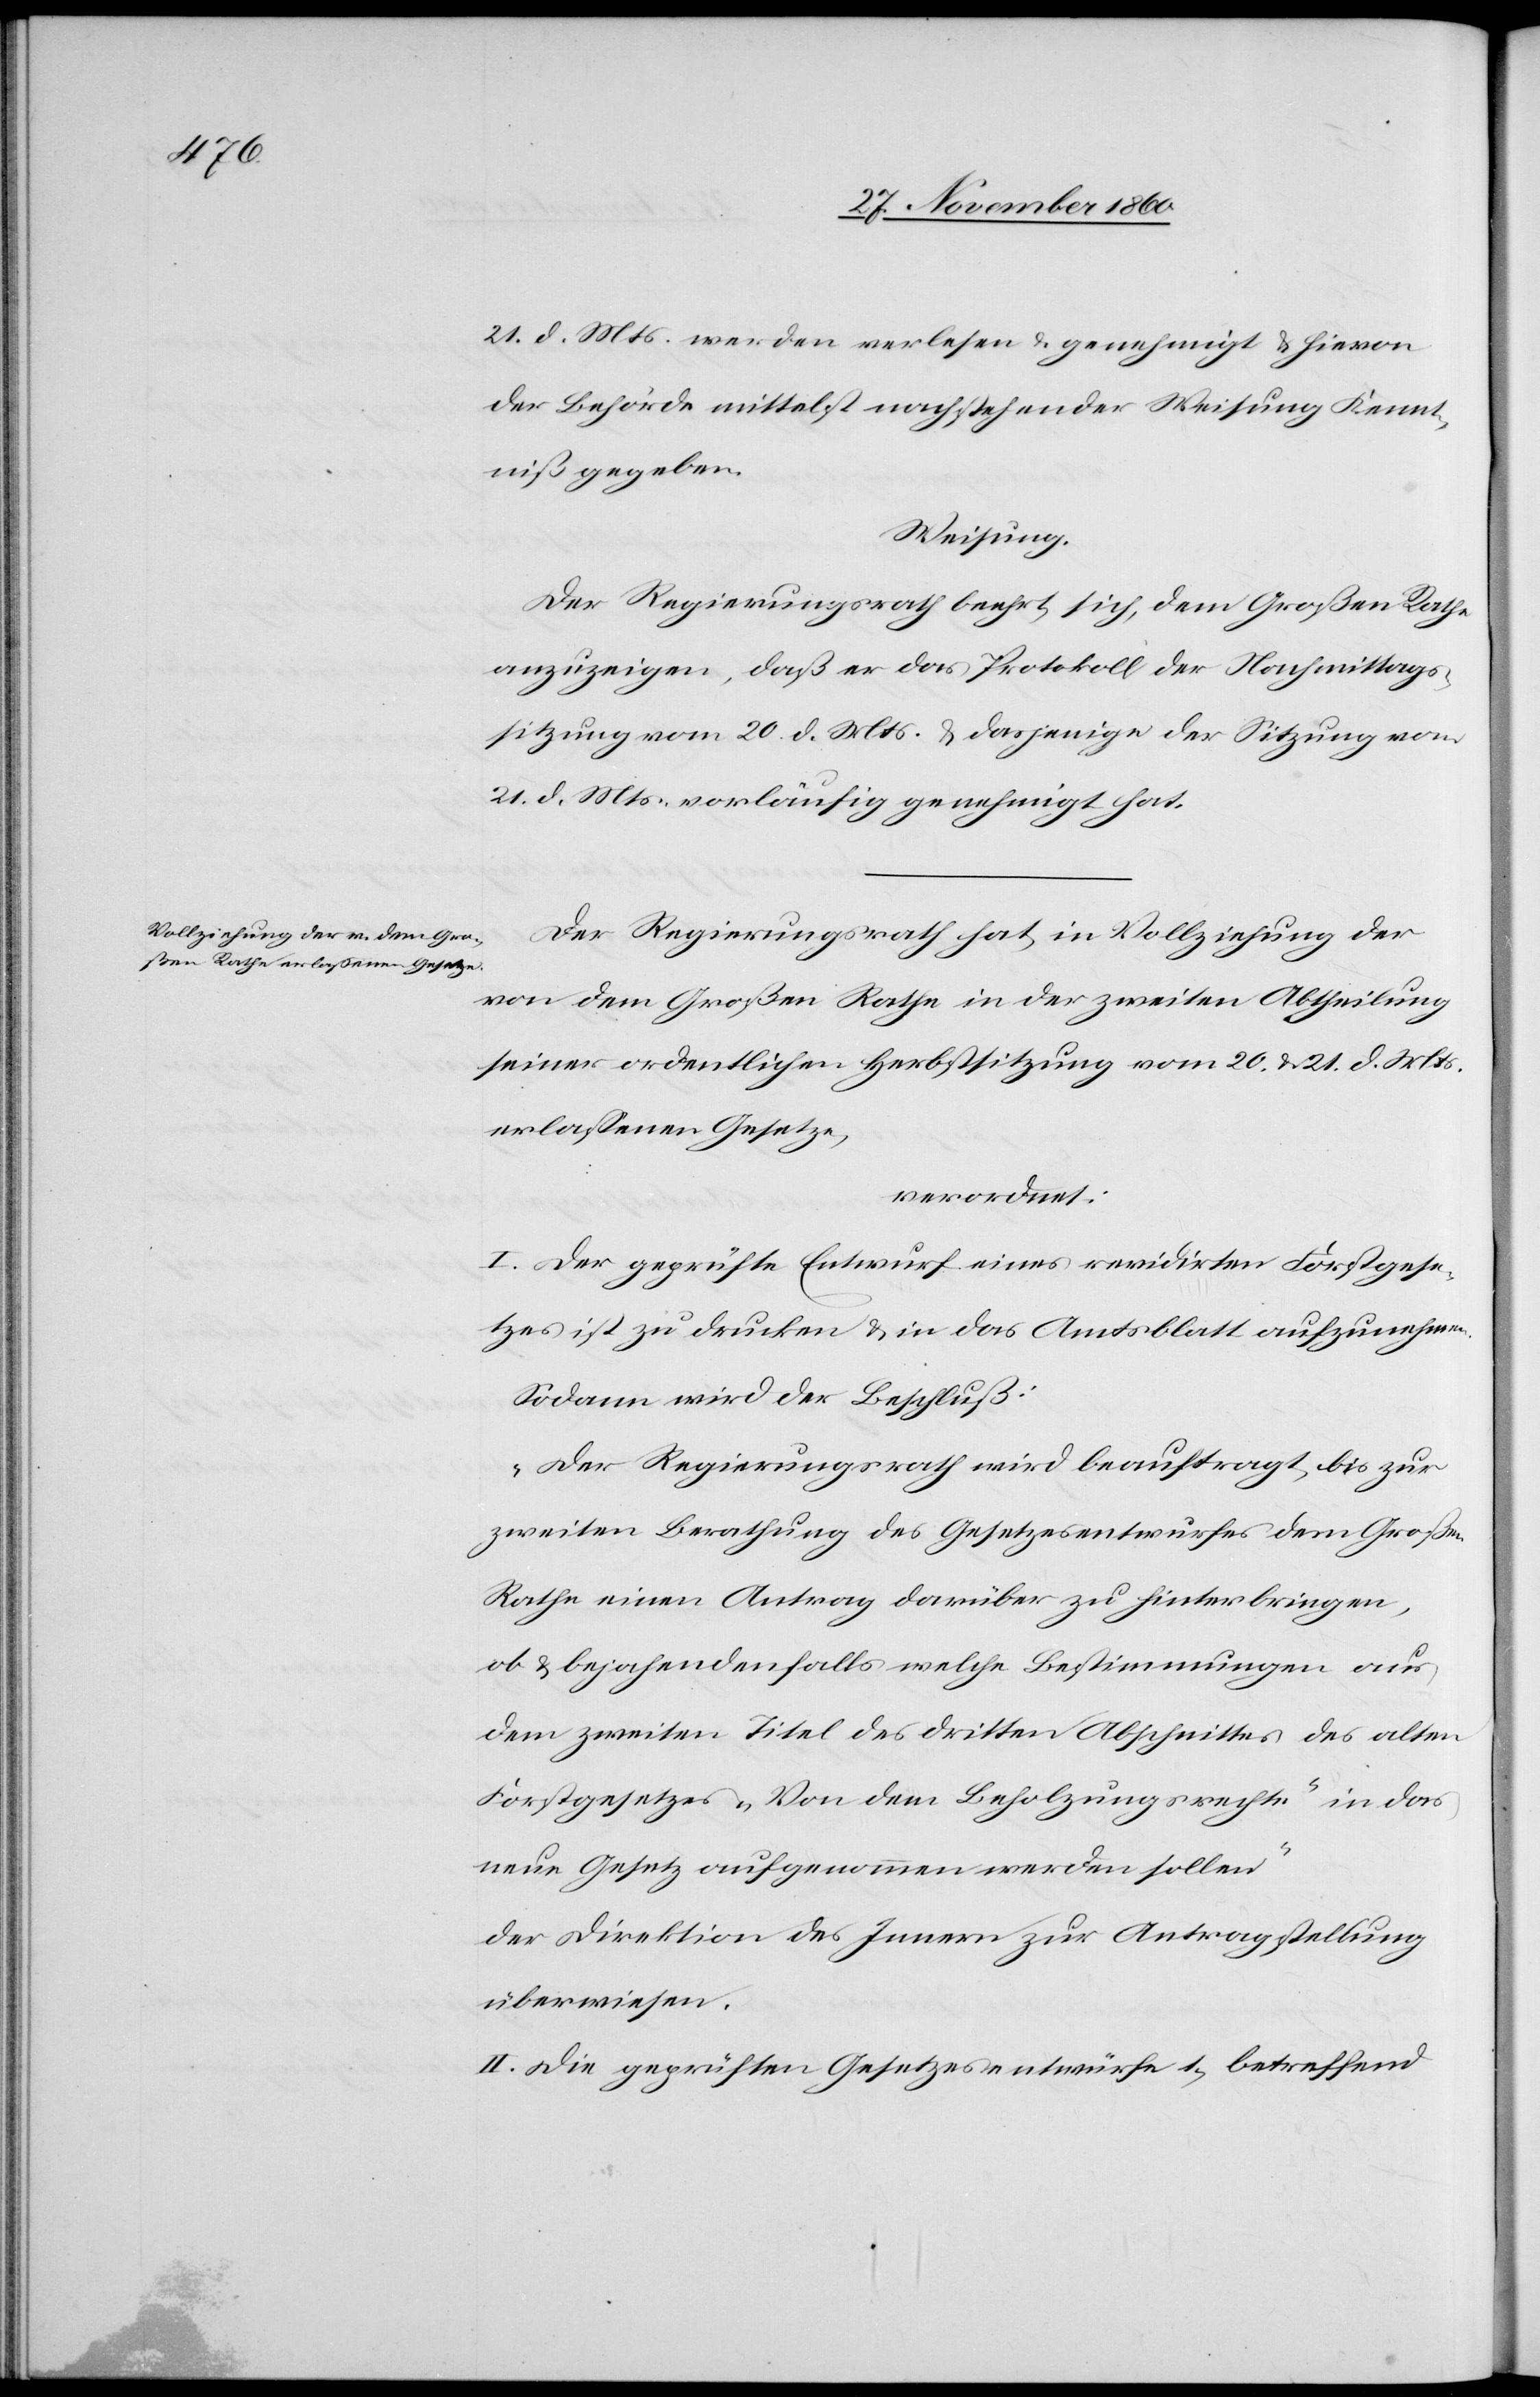
21. d. Mts werden verlesen u. genehmigt u. hievon
der Behörde mittelst nachstehender Weisung Kennt¬
niß gegeben.
Weisung.
Der Regierungsrath beehrt sich, dem Großen Rathe
anzuzeigen, daß er das Protokoll der Nachmittags¬
sitzung vom 20. d. Mts. u. dasjenige der Sitzung vom
21. d. Mts. vorläufig genehmigt hat.
Der Regierungsrath hat, in Vollziehung der
von dem Großen Rathe in der zweiten Abtheilung
seiner ordentlichen Herbstsitzung vom 20. u. 21. d. Mts.
erlassenen Gesetze,
verordnet:
I. Der geprüfte Entwurf eines revidirten Forstgese¬
tzes ist zu drucken u. in das Amtsblatt aufzunehmen.
Sodann wird der Beschluß:
„Der Regierungsrath wird beauftragt, bis zur
zweiten Berathung des Gesetzesentwurfes dem Großen
Rathe einen Antrag darüber zu hinterbringen,
ob u. bejahendenfalls welche Bestimmungen aus
dem zweiten Titel des dritten Abschnittes des alten
Forstgesetzes „Von dem Beholzungsrechte“ in das
neue Gesetz aufgenommen werden sollen“
der Direktion des Innern zur Antragstellung
überwiesen.
II. Die geprüften Gesetzesentwürfe 1) betreffend